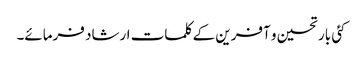
کئی بار تحسین و آفرین کے کلمات ارشاد فرمائے۔